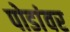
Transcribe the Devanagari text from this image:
पोडांवर